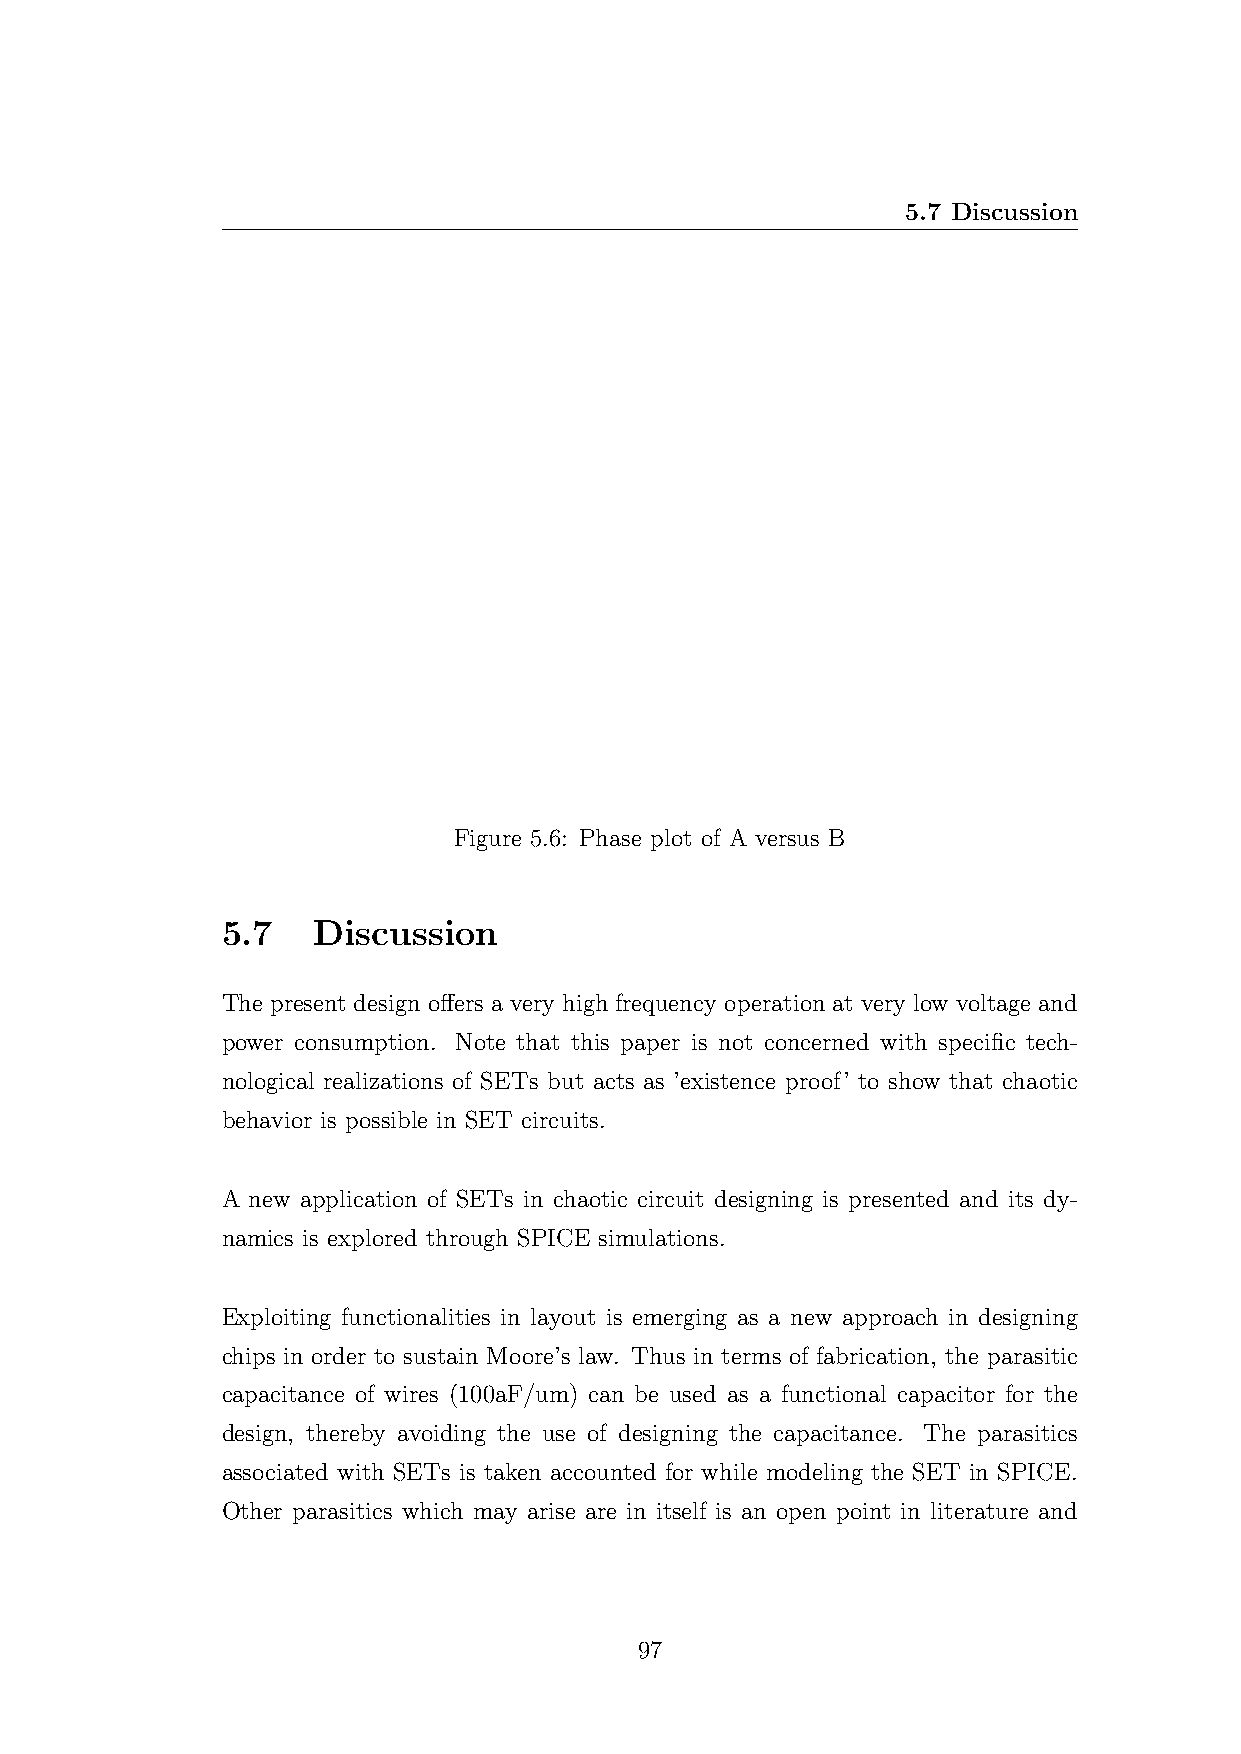
5.7 Discussion
 Figure 5.6: Phase plot of A versus B
 5.7   Discussion
 The present design offers a very high frequency operation at very low voltage and
 power consumption. Note that this paper is not concerned with specific tech-
 nological realizations of SETs but acts as ’existence proof’ to show that chaotic
 behavior is possible in SET circuits.
 A new application of SETs in chaotic circuit designing is presented and its dy-
 namics is explored through SPICE simulations.
 Exploiting functionalities in layout is emerging as a new approach in designing
 chips in order to sustain Moore’s law. Thus in terms of fabrication, the parasitic
 capacitance of wires (100aF/um) can be used as a functional capacitor for the
 design, thereby avoiding the use of designing the capacitance. The parasitics
 associated with SETs is taken accounted for while modeling the SET in SPICE.
 Other parasitics which may arise are in itself is an open point in literature and
 97